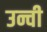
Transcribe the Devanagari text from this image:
उन्ची